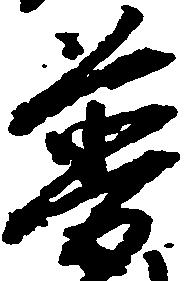
普